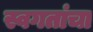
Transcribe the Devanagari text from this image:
स्वगतांचा